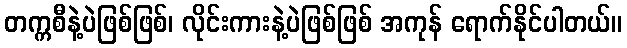
တက္ကစီနဲ့ပဲဖြစ်ဖြစ်၊ လိုင်းကားနဲ့ပဲဖြစ်ဖြစ် အကုန် ရောက်နိုင်ပါတယ်။